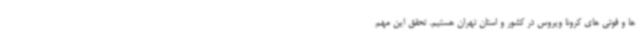
ها و فوتی های کرونا ویروس در کشور و استان تهران هستیم. تحقق این مهم